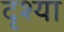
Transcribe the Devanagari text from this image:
दृश्या